Scottish Leaving Certificate Examination, 1955
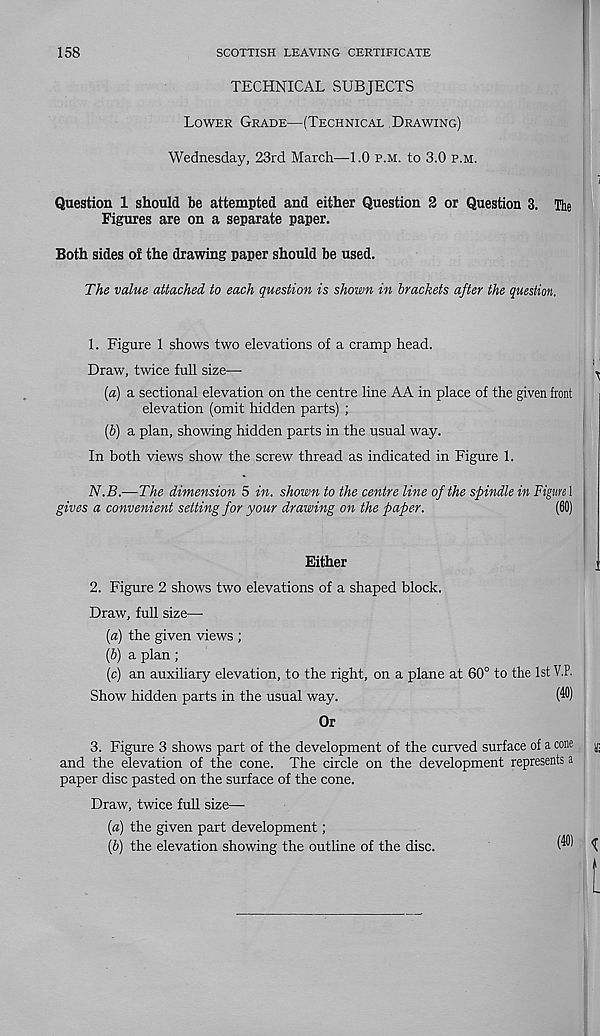
158
SCOTTISH LEAVING CERTIFICATE
TECHNICAL SUBJECTS
Lower Grade—(Technical Drawing)
Wednesday, 23rd March—1.0 p.m. to 3.0 p.m.
I 1
Question 1 should be attempted and either Question 2 or Question 3. The
Figures are on a separate paper.
Both sides of the drawing paper should be used.
The value attached to each question is shown in brackets after the question.
1. Figure 1 shows two elevations of a cramp head.
Draw, twice full size—-
)»
(a) a sectional elevation on the centre line AA in place of the given front
elevation (omit hidden parts) ;
(b) a plan, showing hidden parts in the usual way.
In both views show the screw thread as indicated in Figure 1.
N.B.—The dimension 5 in. shown to the centre line of the spindle in Figure]
gives a convenient setting for your drawing on the paper.
(60)
Either
2. Figure 2 shows two elevations of a shaped block.
Draw, full size—
[а) the given views ;
(б) a plan ;
(c) an auxiliary elevation, to the right, on a plane at 60° to the 1st V.P.
Show hidden parts in the usual way.
W
Or
3. Figure 3 shows part of the development of the curved surface of a cone
and the elevation of the cone. The circle on the development represents a
paper disc pasted on the surface of the cone.
Draw, twice full size—
(a) the given part development;
(b) the elevation showing the outline of the disc.
^